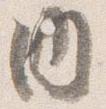
内